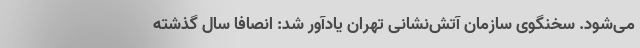
می‌شود. سخنگوی سازمان آتش‌نشانی تهران یادآور شد: انصافاً سال گذشته